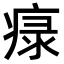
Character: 𤷚